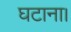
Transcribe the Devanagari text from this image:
घटाना।